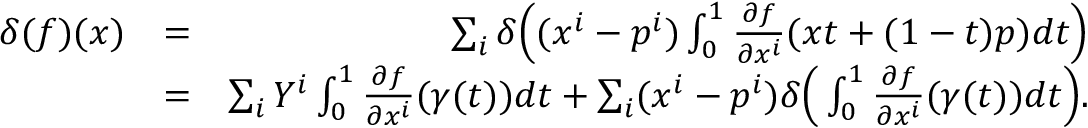
\begin{array} { r l r } { \delta ( f ) ( x ) } & { = } & { \sum _ { i } \delta \Big ( ( x ^ { i } - p ^ { i } ) \int _ { 0 } ^ { 1 } \frac { \partial f } { \partial x ^ { i } } ( x t + ( 1 - t ) p ) d t \Big ) } \\ & { = } & { \sum _ { i } Y ^ { i } \int _ { 0 } ^ { 1 } \frac { \partial f } { \partial x ^ { i } } ( \gamma ( t ) ) d t + \sum _ { i } ( x ^ { i } - p ^ { i } ) \delta \Big ( \int _ { 0 } ^ { 1 } \frac { \partial f } { \partial x ^ { i } } ( \gamma ( t ) ) d t \Big ) . } \end{array}